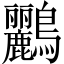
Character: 鸝